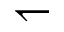
\leftharpoondown